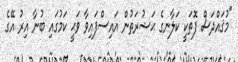
"މުޤައްދަސް ފޮތަކީ ކަލާނގެ ޙަޟުރަތުން އައިސްފައިވާ ވަޙީ ކަމުގައި ބުނާ އިރު އޭގެ